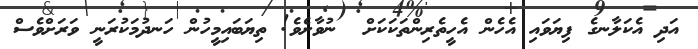
އަދި އެކަލާނގެ ފިޔަވައި އެހެން އެހީތެރިންތަކަކަށް  ނުވާށެވެ! ތިޔަބައިމީހުން ހަނދުމަކުރަނީ ވަރަށްވެސް